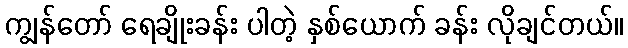
ကျွန်တော် ရေချိုးခန်း ပါတဲ့ နှစ်ယောက် ခန်း လိုချင်တယ်။